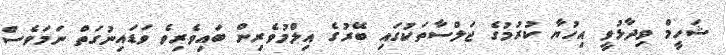
ޝަހީމް ވިދާޅުވީ އިހުޔާ ކުރުމުގެ ޖަލްސާތަކުގައި ބޭރުގެ އިލްމުވެރިން ބައިވެރިވެ ވަޑައިނުގަތް ނަމަވެސް